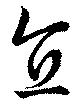
直